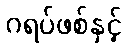
ဂရပ်ဖစ်နှင့်